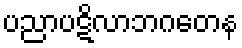
ပညာပဋိလာဘဂတေန